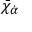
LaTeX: \bar { \chi } _ { \dot { \alpha } } \: